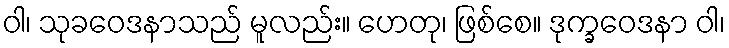
ဝါ၊ သုခဝေဒနာသည် မူလည်း။ ဟေတု၊ ဖြစ်စေ။ ဒုက္ခဝေဒနာ ဝါ၊